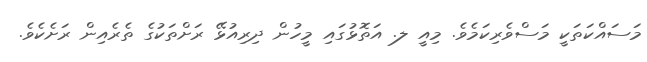
މަސައްކަތަކީ މަސްވެރިކަމެވެ. މިއީ ލ. އަތޮޅުގައި މީހުން ދިރިއުޅޭ ރަށްތަކުގެ ތެރެއިން ރަށެކެވެ.